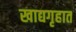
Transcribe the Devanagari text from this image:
खाद्यगृहात